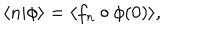
\langle n | \phi \rangle = \langle f _ { n } \circ \phi ( 0 ) \rangle ,